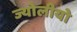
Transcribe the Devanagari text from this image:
ज्योलीयो